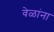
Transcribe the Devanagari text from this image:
वेळांना